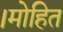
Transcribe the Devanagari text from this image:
।मोहित